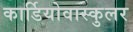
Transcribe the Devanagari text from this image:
कार्डियोवास्कुलर